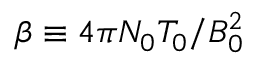
\beta \equiv 4 \pi N _ { 0 } T _ { 0 } / B _ { 0 } ^ { 2 }